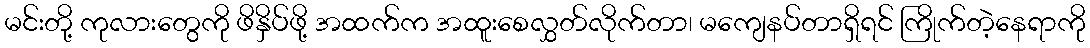
မင်းတို့ ကုလားတွေကို ဖိနှိပ်ဖို့ အထက်က အထူးစေလွှတ်လိုက်တာ၊ မကျေနပ်တာရှိရင် ကြိုက်တဲ့နေရာကို